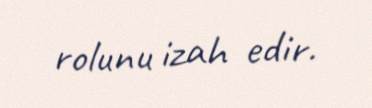
rolunu izah edir.